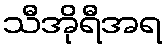
သီအိုရီအရ